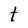
Character: t